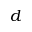
d